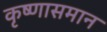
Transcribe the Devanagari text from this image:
कृष्णासमान